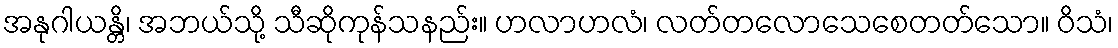
အနုဂါယန္တိ၊ အဘယ်သို့ သီဆိုကုန်သနည်း။ ဟလာဟလံ၊ လတ်တလောသေစေတတ်သော။ ဝိသံ၊